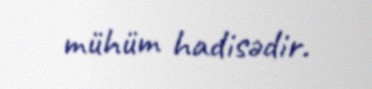
mühüm hadisədir.